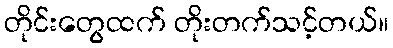
တိုင်းတွေထက် တိုးတက်သင့်တယ်။